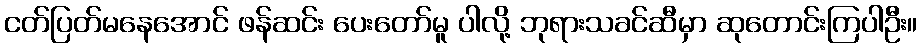
ငတ်ပြတ်မနေအောင် ဖန်ဆင်း ပေးတော်မူ ပါလို့ ဘုရားသခင်ဆီမှာ ဆုတောင်းကြပါဦး။